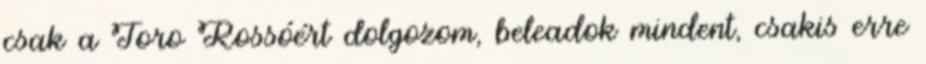
csak a Toro Rossóért dolgozom, beleadok mindent, csakis erre